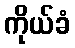
ကိုယ်ခံ